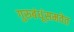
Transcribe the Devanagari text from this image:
गुरुबंधूंसमवेत